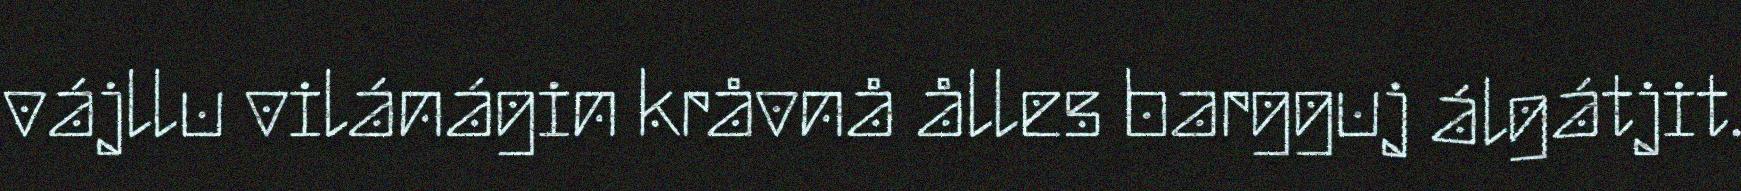
vájllu vilánágin kråvnå ålles bargguj álgátjit.